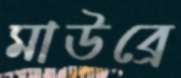
মাউব্রে